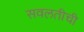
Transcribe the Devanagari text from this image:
सवलतीची